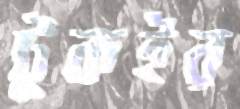
টুকইর